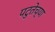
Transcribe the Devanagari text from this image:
पटुतेच्या